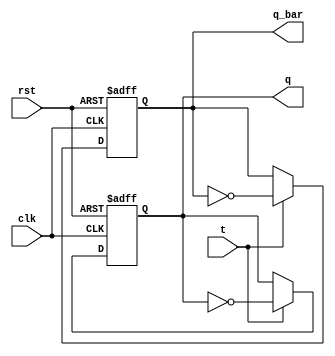
module tff(t,clk,rst,q,q_bar);
  input t,clk,rst;
  output reg q,q_bar;
  always @(posedge clk,posedge rst)
  begin
    if(rst) begin q=0;q_bar=1; end
    else
    begin
      if(t==0) begin q=q;q_bar=q_bar; end
      else begin q=~q;q_bar=~q_bar; end
    end
  end
endmodule

module tff_tb;
  reg t,clk,rst;
  wire q,q_bar;
  tff T(t,clk,rst,q,q_bar);
  
  always
  #5 clk=~clk;
  
  initial
  begin
    t=0;rst=1;clk=0;#10;
    rst=0;
    t=0;#10;
    t=1;#10;
  end
endmodule